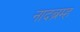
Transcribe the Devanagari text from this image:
नादब्रम्ह